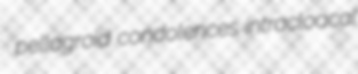
pellagroid condolences intracloacal